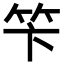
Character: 笇